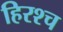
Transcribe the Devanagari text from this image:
हिरश्च